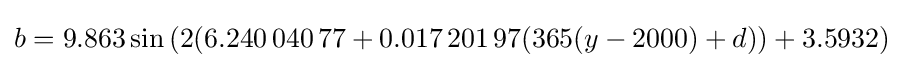
b=9.863\sin \left(2(6.240\,040\,77+0.017\,201\,97(365(y-2000)+d))+3.5932\right)